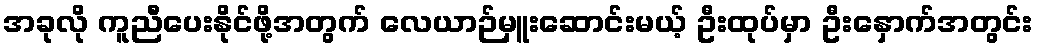
အခုလို ကူညီပေးနိုင်ဖို့အတွက် လေယာဉ်မှူးဆောင်းမယ့် ဦးထုပ်မှာ ဦးနှောက်အတွင်း